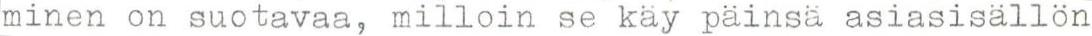
minen on suotavaa, milloin se käy päinsä asiasisällön